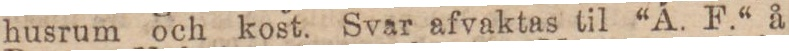
husrum och kost. Svar afvaktas til “A. F.“ å